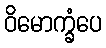
ဝိမောက္ခံပေ